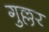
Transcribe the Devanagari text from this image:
गुल्लर